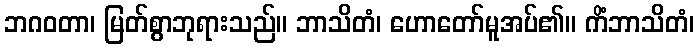
ဘဂဝတာ၊ မြတ်စွာဘုရားသည်။ ဘာသိတံ၊ ဟောတော်မူအပ်၏။ ကိံဘာသိတံ၊